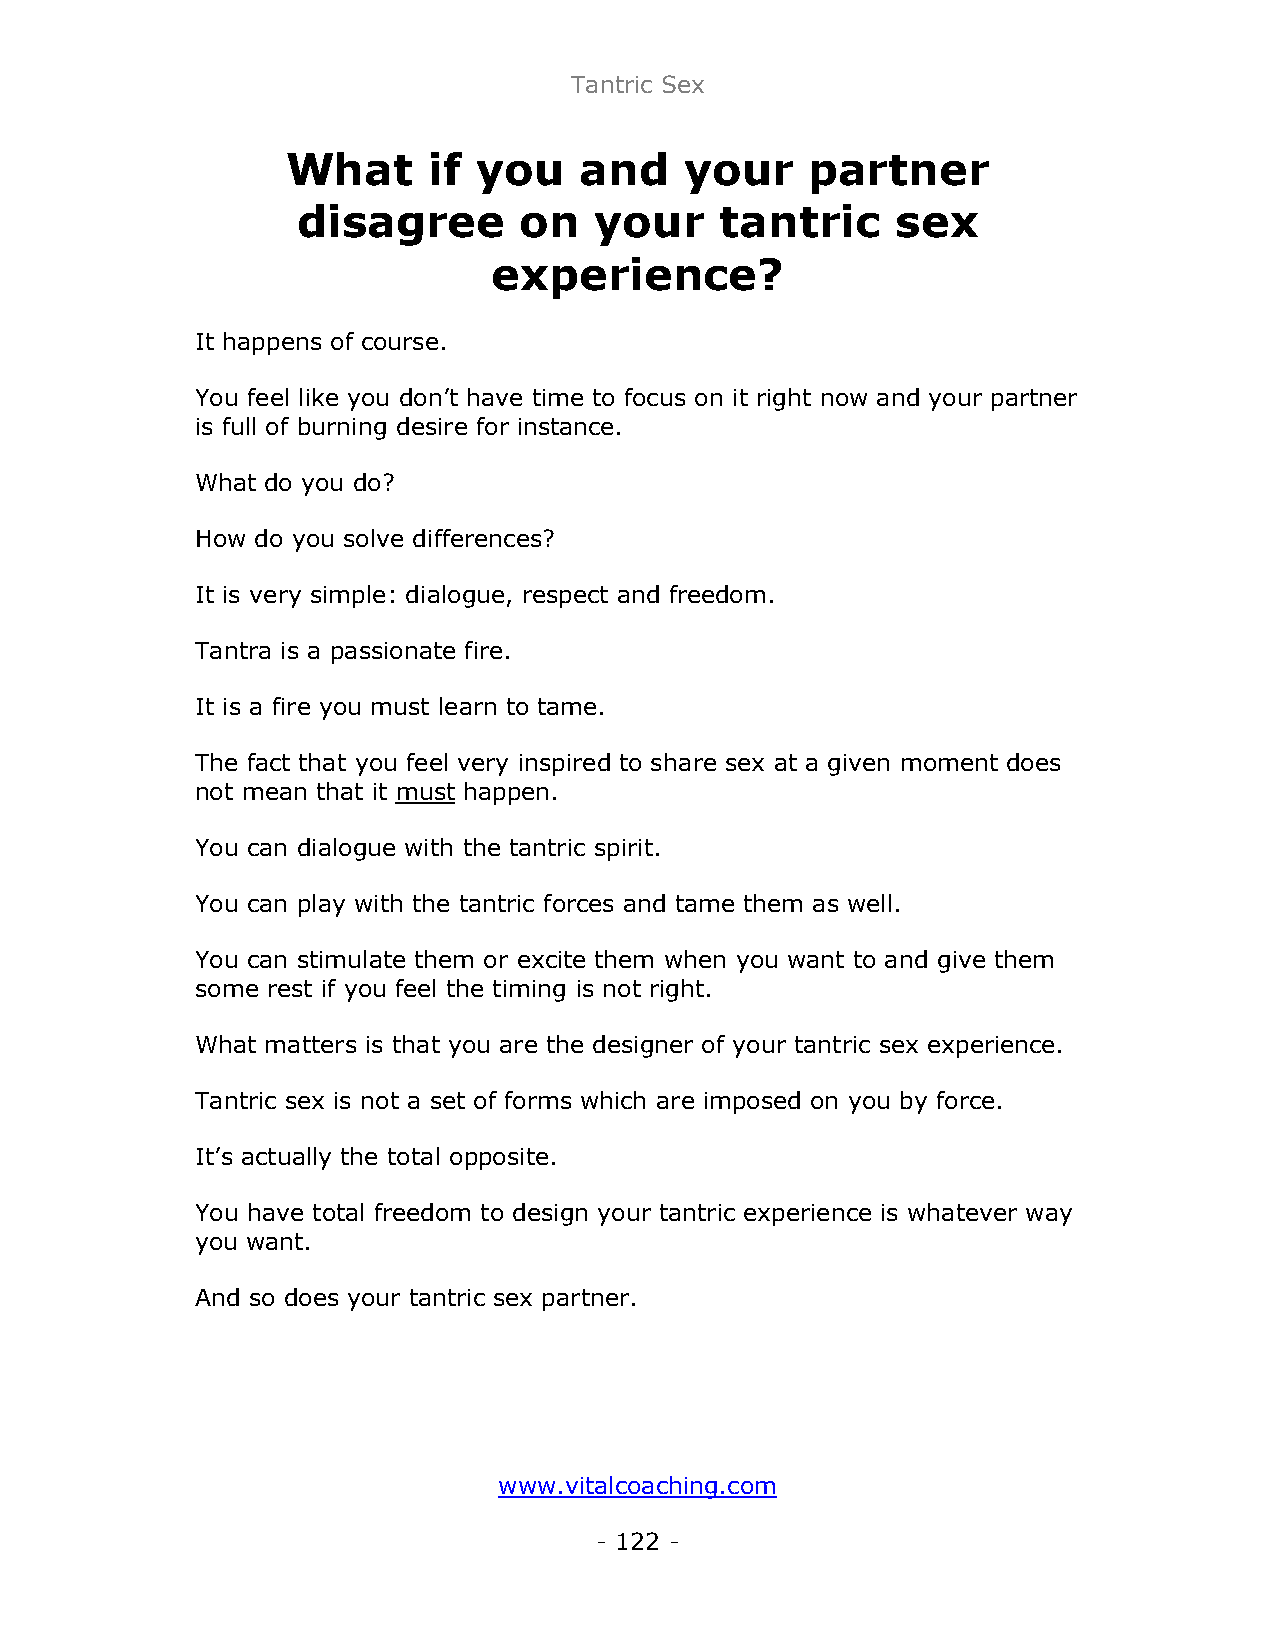
Tantric Sex
 What     if  you   and    your     partner
 disagree      on   your     tantric    sex
 experience?
 It happens of course.
 You feel like you don’t have time to focus on it right now and your partner
 is full of burning desire for instance.
 What do you do?
 How do you solve differences?
 It is very simple: dialogue, respect and freedom.
 Tantra is a passionate fire.
 It is a fire you must learn to tame.
 The fact that you feel very inspired to share sex at a given moment does
 not mean that it must happen.
 You can dialogue with the tantric spirit.
 You can play with the tantric forces and tame them as well.
 You can stimulate them or excite them when you want to and give them
 some rest if you feel the timing is not right.
 What matters is that you are the designer of your tantric sex experience.
 Tantric sex is not a set of forms which are imposed on you by force.
 It’s actually the total opposite.
 You have total freedom to design your tantric experience is whatever way
 you want.
 And so does your tantric sex partner.
 www.vitalcoaching.com
 - 122 -